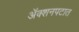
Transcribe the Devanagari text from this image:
अॅक्शनपटात